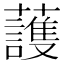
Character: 䕶